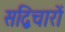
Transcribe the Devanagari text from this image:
सद्विचारों